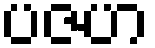
ပဇဟ